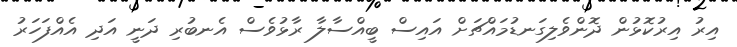
އިރު އިރުކޮޅުން ދޮންވެލިގަނޑުމައްޗަށް އައިސް ބީއްސާލާ ރާޅުވެސް އެނބުރި ދަނީ އަދި އެއްފަހަރު